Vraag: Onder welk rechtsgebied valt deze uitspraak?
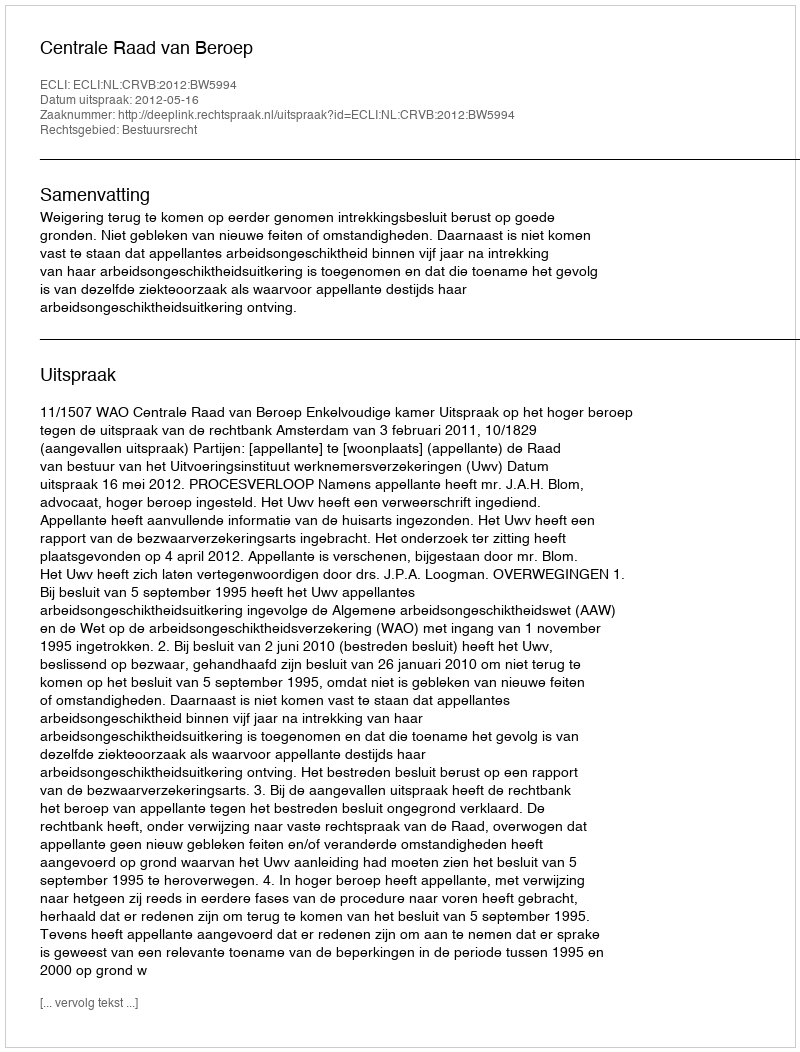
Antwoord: Bestuursrecht